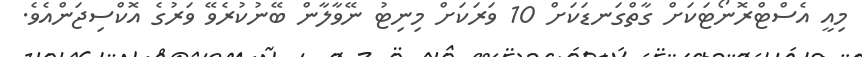
މިއީ އެސްޓްރޮނޯޓަކަށް ގާތްގަނޑަކަށް 10 ވަރަކަށް މިނިޓު ނޭވާލާން ބޭނުކުރެވޭ ވަރުގެ އޮކްސިޖަންއެވެ.